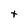
Character: t